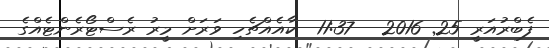
ފެބްރުއަރީ 25